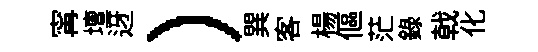
𡩋壇迓）巽客楊傴茫録戟化